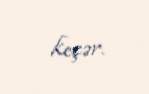
keçər.